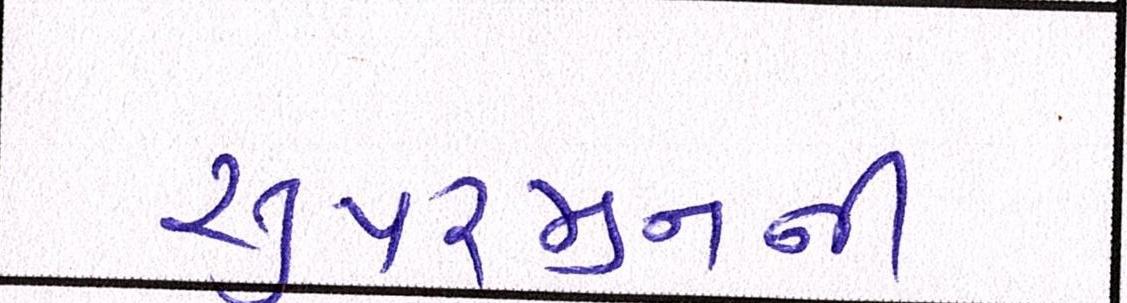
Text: સુપરમુનની